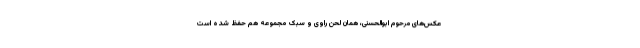
عکس‌های مرحوم ابوالحسنی، همان لحن راوی و سبک مجموعه هم حفظ شده است